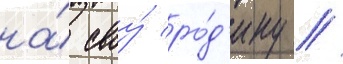
на́ своу́ ро́д'ину //